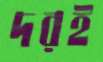
দরই